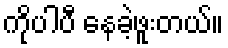
ကိုပါပီ နေခဲ့ဖူးတယ်။